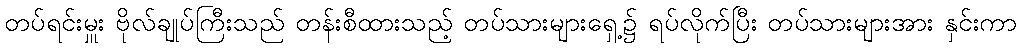
တပ်ရင်းမှူး ဗိုလ်ချုပ်ကြီးသည် တန်းစီထားသည့် တပ်သားများရှေ့၌ ရပ်လိုက်ပြီး တပ်သားများအား နှင်းကာ